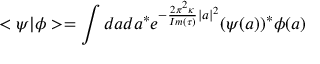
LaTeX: < \psi | \phi > = \int d a d a ^ { * } e ^ { - { \frac { 2 \pi ^ { 2 } \kappa } { I m ( \tau ) } } | a | ^ { 2 } } ( \psi ( a ) ) ^ { * } \phi ( a )